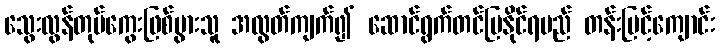
သွေးလွန်တုပ်ကွေးဖြစ်ပွားသူ အလွတ်ကျက်၍ ဆောင်ရွက်တင်ပြနိုင်ရမည် တန်းမြင့်ကျောင်း